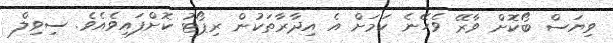
ވިޔަސް ބޯކޮށް ވާރޭ ވެހޭނެ ކަމަށް އެ އިދާރާތަކުން ރިޕޯޓު ކޮށްފައިވެއެެވެ. ސިވިލް